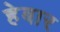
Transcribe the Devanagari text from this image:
हेबार